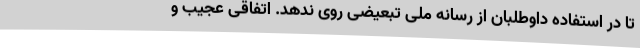
تا در استفاده داوطلبان از رسانه ملی تبعیضی روی ندهد. اتفاقی عجیب و